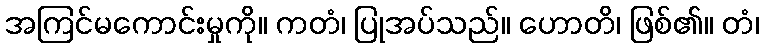
အကြင်မကောင်းမှုကို။ ကတံ၊ ပြုအပ်သည်။ ဟောတိ၊ ဖြစ်၏။ တံ၊